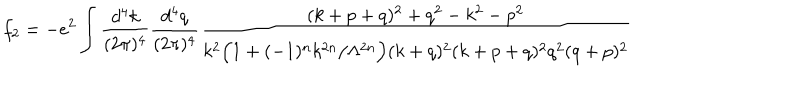
\ f _ { 2 } = - e ^ { 2 } \int \frac { d ^ { 4 } k } { ( 2 \pi ) ^ { 4 } } \frac { d ^ { 4 } q } { ( 2 \pi ) ^ { 4 } } \frac { ( k + p + q ) ^ { 2 } + q ^ { 2 } - k ^ { 2 } - p ^ { 2 } } { k ^ { 2 } \Big ( 1 + ( - 1 ) ^ { n } k ^ { 2 n } / \Lambda ^ { 2 n } \Big ) ( k + q ) ^ { 2 } ( k + p + q ) ^ { 2 } q ^ { 2 } ( q + p ) ^ { 2 } }